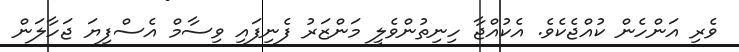
ވެރި އަންހެން ކުއްޖެކެވެ. އެކުއްޖާ ހިނިތުންވެލީ މަންޒަރު ފެނިފައި ވިސާމް އެސްފިޔަ ޖަހާލަން